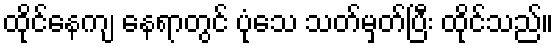
ထိုင်နေကျ နေရာတွင် ပုံသေ သတ်မှတ်ပြီး ထိုင်သည်။